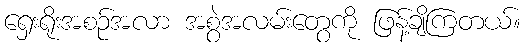
ရှေးရိုးအစဉ်အလာ အစွဲအလမ်းတွေကို ဖြန့်ချိကြတယ်။